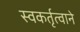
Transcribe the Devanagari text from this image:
स्वकर्तृत्वाने